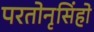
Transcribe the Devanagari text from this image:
परतोनृसिंहो